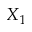
X _ { 1 }